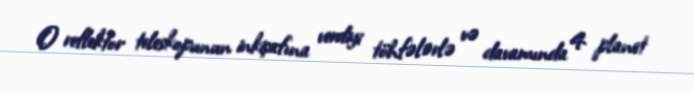
O reflektor teleskopunun inkişafına verdiyi töhfələrlə və davamında 4 planet